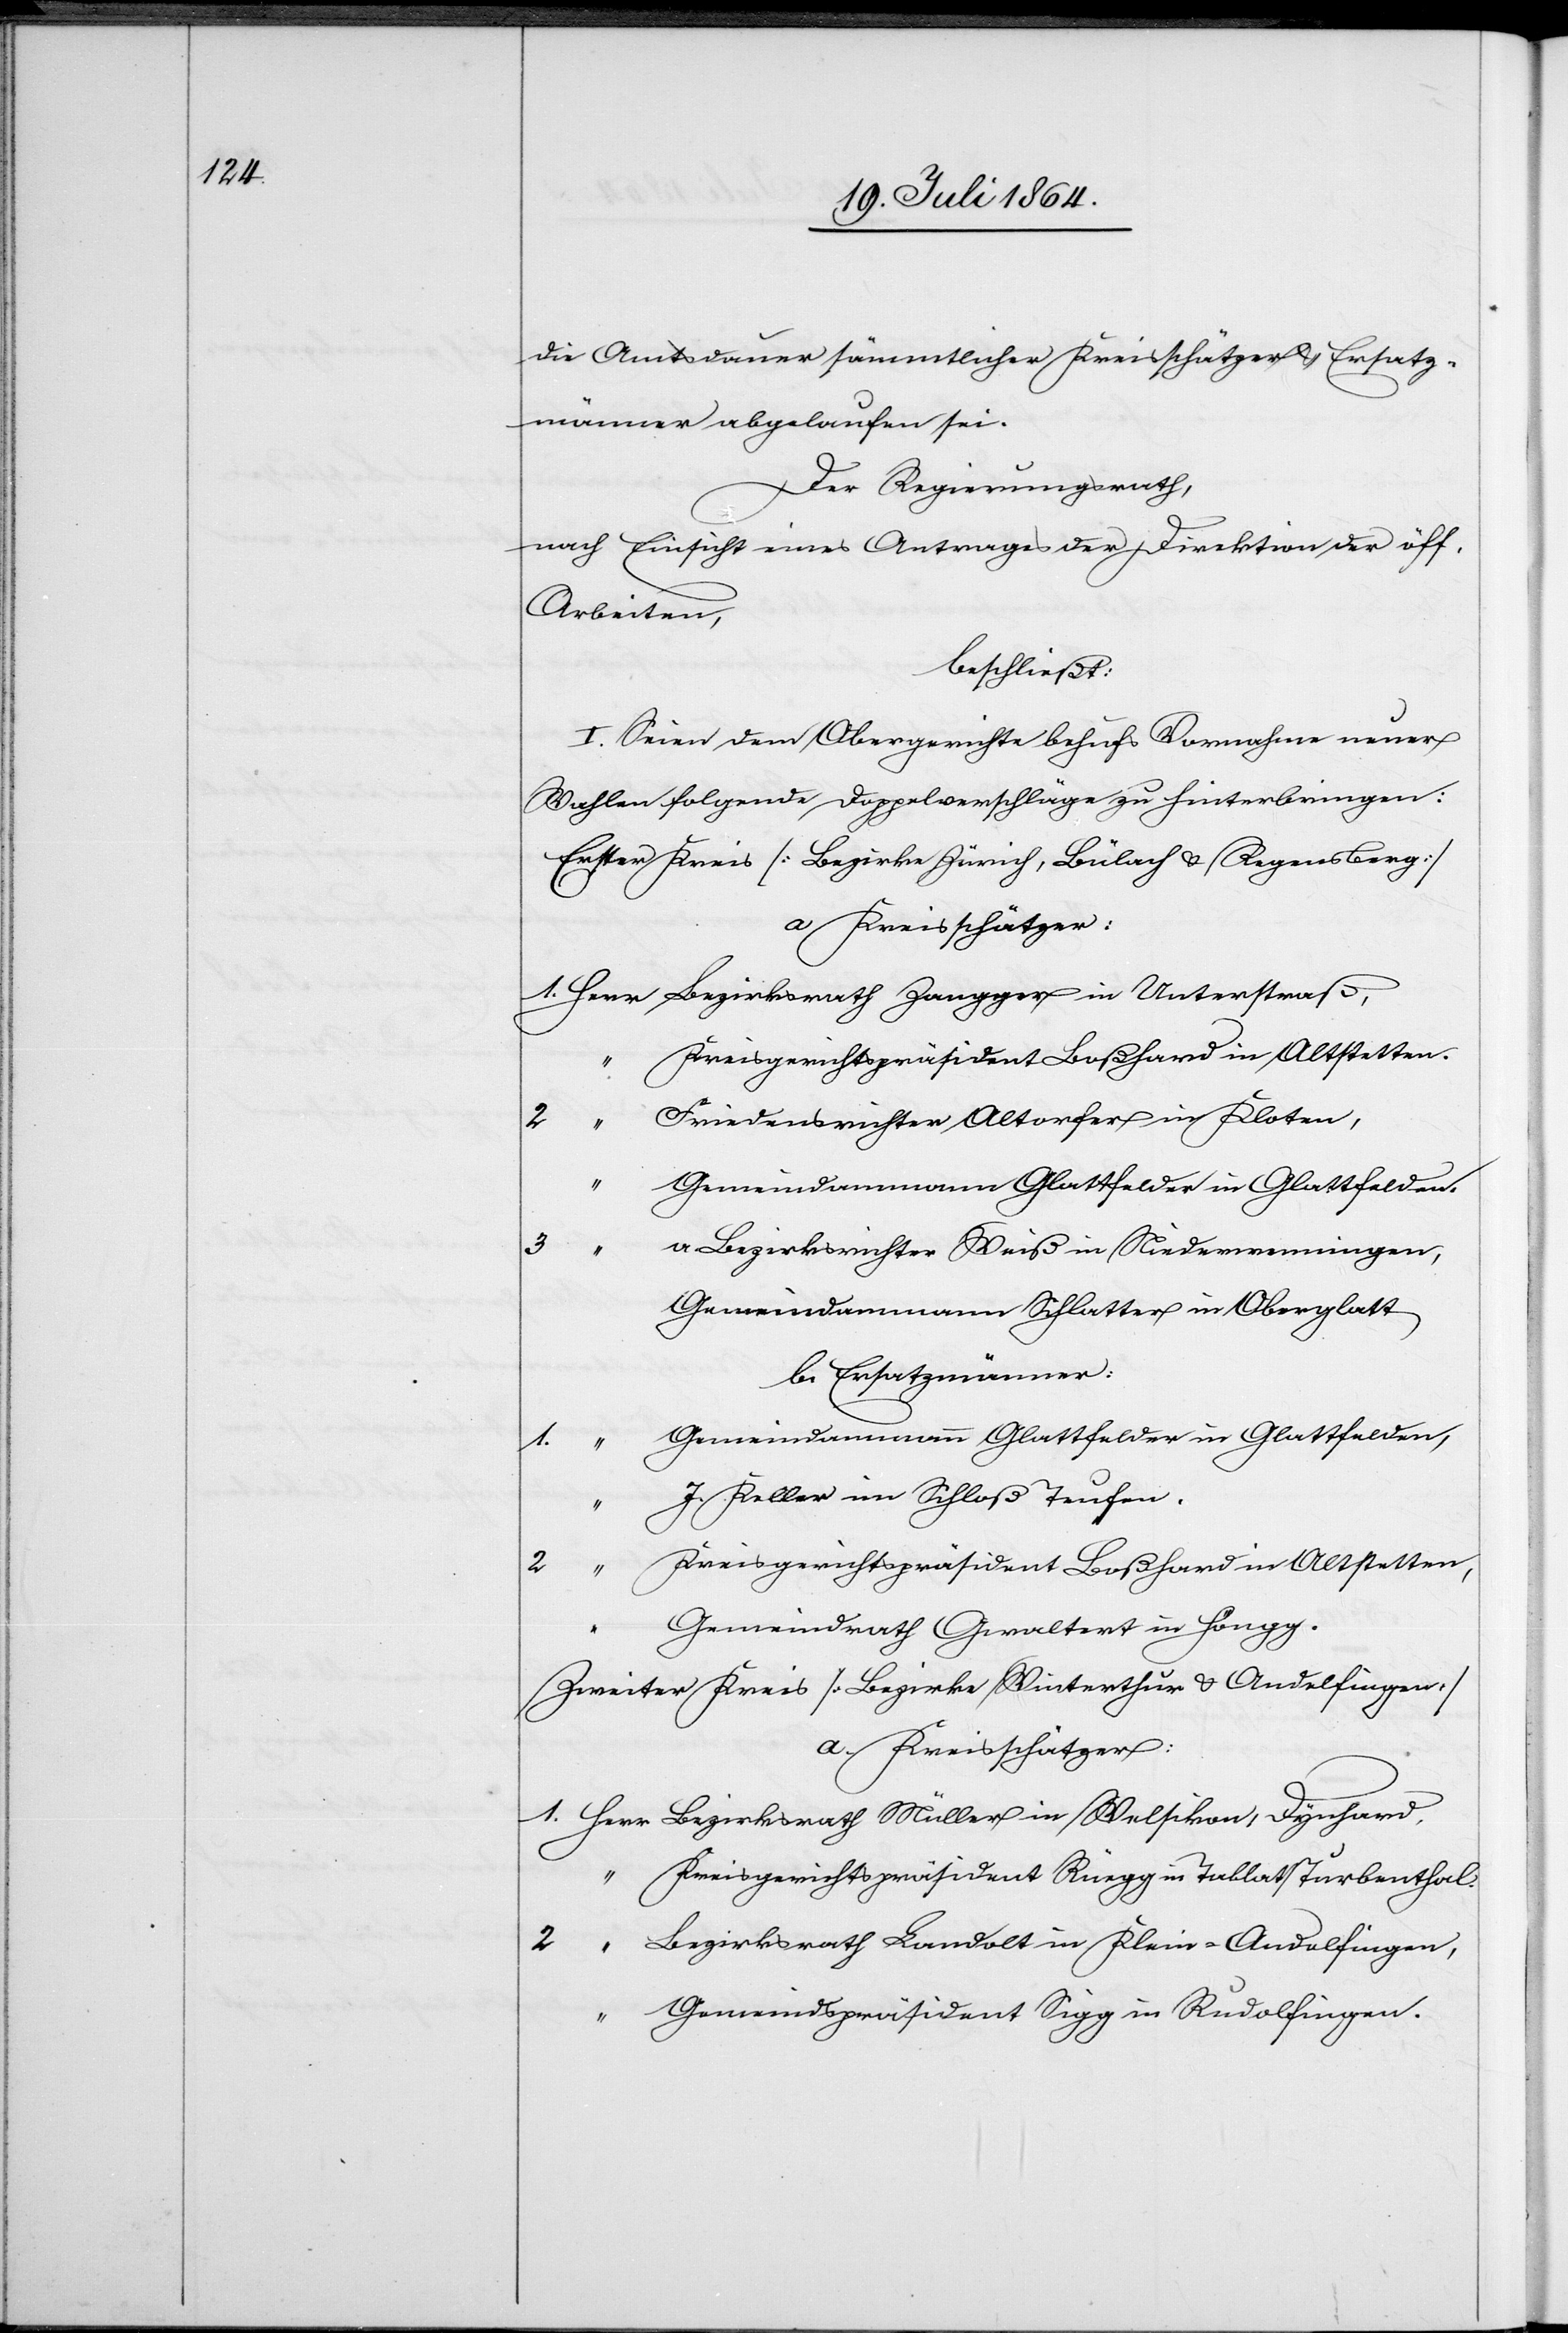
die Amtsdauer sämmtlicher Kreisschätzer u. Ersatz¬
männer abgelaufen sei.
Der Regierungsrath,
nach Einsicht eines Antrages der Direktion der öff.
Arbeiten,
beschließt:
I. Sind dem Obergerichte behufs Vornahme neuer
Wahlen folgende Doppelvorschläge zu hinterbringen:
Erster Kreis [Bezirke Zürich, Bülach u. Regensberg]
a. Kreisschätzer:
1. Herr	Bezirksrath Zangger in Unterstraß,
reisgerichtspräsident Boßhard in Altstetten,
riedensrichter Altorfer in Kloten,
emeindamman Glattfelder in Glattfelden,
Bezirksrichter Weiß in Niederwenningen,
2.	“	K¬
Gemeindammann Schlatter in Oberglatt
b. Ersatzmänner:
“	J. Keller im Schloß Teufen.
“	Gemeindrath Gwaltert in Höngg.
Zweiter Kreis [Bezirke Winterthur u. Andelfingen]
1. Herr 	Bezirksrath Müller in Welsikon, Dynhard,
“	Kreisgerichtspräsident Rüegg in Tablat/Turbenthal.
2.	“	Bezirksrath Landolt in Klein-Andelfingen,
“	Gemeindspräsident Sigg in Rudolfingen.